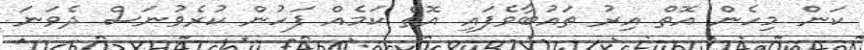
ކަން މިހެން އޮތް އިރު ތައުބާވެފައި އޮތް ކަމެއް ފަހުން ކުރެވުނަސް ދެވަނަ